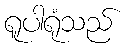
ရူပါရုံသည်